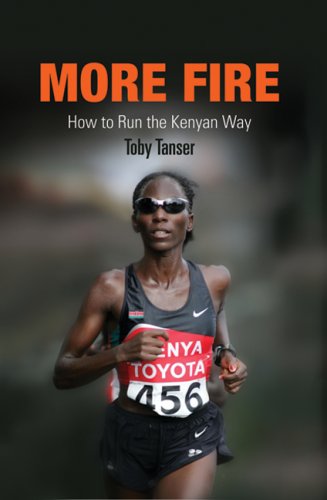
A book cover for More Fire: How to Run the Kenyan Way; Toby Tanser; Sports & Outdoors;